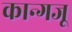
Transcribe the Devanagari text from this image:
कान्गजू